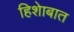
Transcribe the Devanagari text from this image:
हिशेाबात